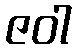
ဇဝါ